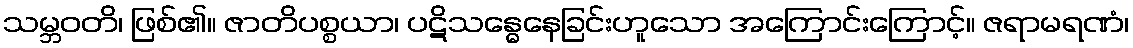
သမ္ဘဝတိ၊ ဖြစ်၏။ ဇာတိပစ္စယာ၊ ပဋိသန္ဓေနေခြင်းဟူသော အကြောင်းကြောင့်။ ဇရာမရဏံ၊